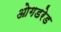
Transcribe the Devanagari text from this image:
ओगडरेड